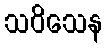
သဝိသေန